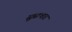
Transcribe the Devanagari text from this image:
सुप्राभातं